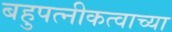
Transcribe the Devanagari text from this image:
बहुपत्नीकत्वाच्या